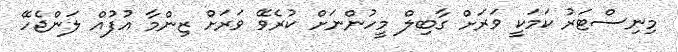
މިނިސްޓަރު ކަމަކީ ވަރަށް ގާބިލް މީހުންނަށް ކުރެވޭ ވަރަށް ޒިންމާ އުފުއް ލަންޖެހޭ